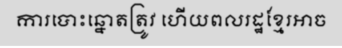
ការបោះឆ្នោតត្រូវ ហើយពលរដ្ឋខ្មែរអាច